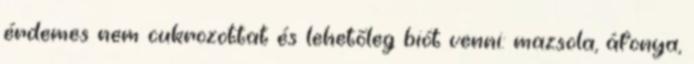
érdemes nem cukrozottat és lehetőleg biót venni: mazsola, áfonya,